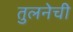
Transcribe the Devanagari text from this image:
तुलनेची